system: You are a helpful assistant.
user:
Analyze the provided spectrum to determine if it is a **Carbon Star (C-type)**.

- **Key Visual Indicators of Carbon Star:**
    - **(Primary):** Strong molecular absorption from **C₂ (diatomic carbon) "Swan Bands."** This is the **defining feature** of a carbon star.
        - **(Key Bandheads):** Sharp absorption edges are visible at approximately $5635$ Å, $5165$ Å (the strongest band), and $4737$ Å.
        - **(Line Profile):** Creates a distinct **"saw-tooth"** pattern. The key morphology is a sharp, steep bandhead on the **red (long-wavelength) side**, which then gradually tapers off (i.e., flux recovers) towards the **blue (short-wavelength) side**. *(This is the direct opposite of the TiO bands seen in M-type stars)*.

    - **(Secondary):** Intense **CN (cyanogen)** molecular absorption bands.
        - **(Key Bandheads):** Located in the blue and violet regions of the spectrum (e.g., near $4215$ Å and $3883$ Å).
        - **(Morphology):** These bands are extremely broad and act as a "blanket," absorbing the vast majority of blue and violet light. This creates a characteristic **"cliff"** or **"steep drop-off"** in the spectrum's flux at short wavelengths.

    - **(Key Confirmation):** Strong **CH absorption band (G-band)**.
        - **(Key Bandhead):** Located around $4300$ Å. The contribution from CH molecules to this band is exceptionally strong.

    - **(Overall Spectrum):**
        - The continuum is severely "chopped up" by these deep molecular bands, especially C₂, rather than appearing as a smooth curve.
        - Due to the heavy CN and C₂ absorption in the blue-green, the vast majority of the star's flux is concentrated in the red part of the spectrum, giving the star its characteristic deep red color.

Think first, call **spectral_visualization_tool** if needed to examine features in detail, then provide your final answer. Your response must adhere to the following strict rules:
1.  **Overall Structure:** Your response must follow the format `<think>...</think> <tool_call>...</tool_call> (if a tool is used) <answer>...</answer>`.
2.  **Tool Usage Constraint:** You may only make **one** tool call per turn.
3.  **Final Answer Format:** In the `<answer>` tag, your conclusion must be inside a `\boxed{}` command (e.g., `\boxed{YES}`), followed by your justification.

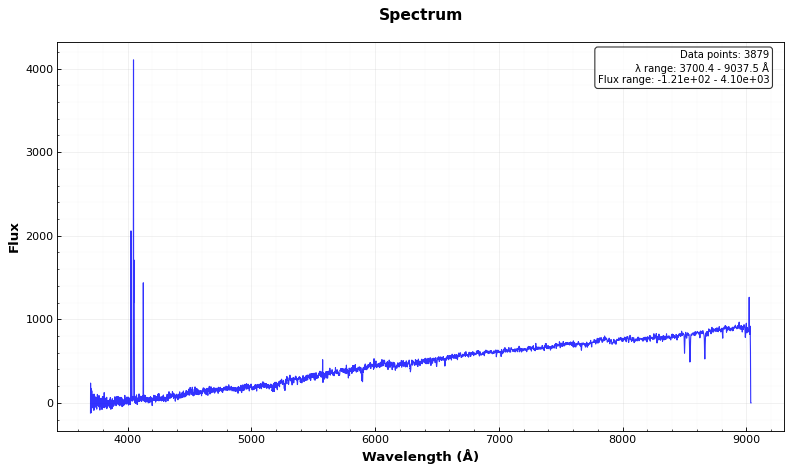
Answer: NO